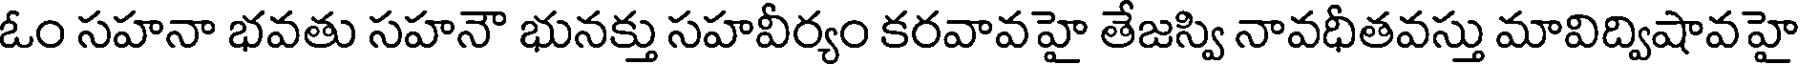
ఓం సహనా భవతు సహనౌ భునక్తు సహవీర్యం కరవావహై తేజస్వి నావధీతవస్తు మావిద్విషావహై